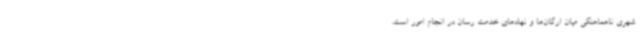
شهری ناهماهنگی میان ارگان‌ها و نهادهای خدمت رسان در انجام امور است.